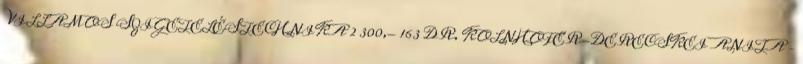
VILLAMOS SZIGETELÉSTECHNIKA 2 300,- 163 DR. KOLNHOFER-DERECSKEI ANITA –